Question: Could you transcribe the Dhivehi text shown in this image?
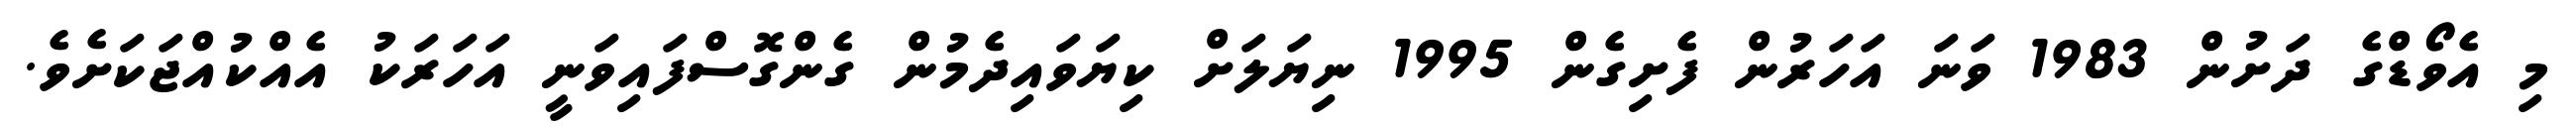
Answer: މި އެވޯޑްގެ ދަށުން 1983 ވަނަ އަހަރުން ފެށިގެން 1995 ނިޔަލަށް ކިޔަވައިދެމުން ގެންގޮސްފައިވަނީ އަހަރަކު އެއްކުއްޖަކަށެވެ.